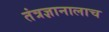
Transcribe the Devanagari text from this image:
तंत्रज्ञानालाच